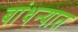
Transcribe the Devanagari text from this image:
बांधन्यात